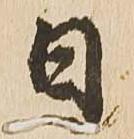
日